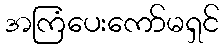
အကြံပေးကော်မရှင်